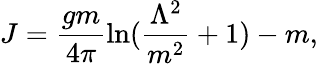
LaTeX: J=\frac{gm}{4\pi}\mathrm{ln}(\frac{\Lambda^{2}}{m^{2}}+1)-m,